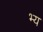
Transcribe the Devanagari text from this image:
भ्य